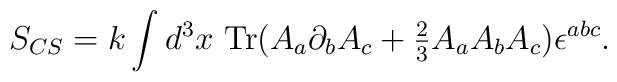
S_{CS}= k \int d^3 x\ {\rm Tr}( A_a \partial_b A_c +{\textstyle {2\over 3}} A_a A_b A_c)\epsilon^{abc}.